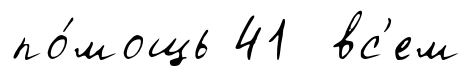
по́мощь 41 вс'ем